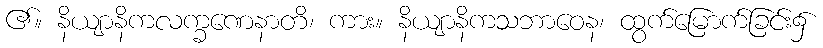
၏။ နိယျာနိကလက္ခဏေနာတိ၊ ကား။ နိယျာနိကသဘာဝေန၊ ထွက်မြောက်ခြင်း၌